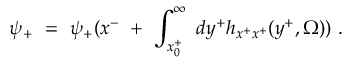
\psi _ { + } ~ = ~ \psi _ { + } ( x ^ { - } ~ + ~ \int _ { x _ { 0 } ^ { + } } ^ { \infty } ~ d y ^ { + } h _ { x ^ { + } x ^ { + } } ( y ^ { + } , \Omega ) ) ~ .